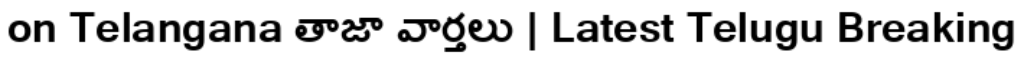
on Telangana తాజా వార్తలు | Latest Telugu Breaking